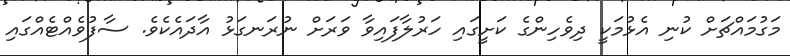
މަގުމައްޗަށް ކުނި އެޅުމަކީ ދިވެހިންގެ ކަށީގައި ހަރުލާފައިވާ ވަރަށް ނުރަނގަޅު އާދައެކެވެ. ސާފުވެއްޓެއްގައި